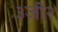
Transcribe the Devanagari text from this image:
३जी२